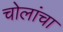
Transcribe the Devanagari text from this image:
चोलांचा